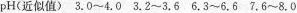
pH（近似值） 3.0~4.0 3.2~3.6 6.3~6.6 7.6~8.0